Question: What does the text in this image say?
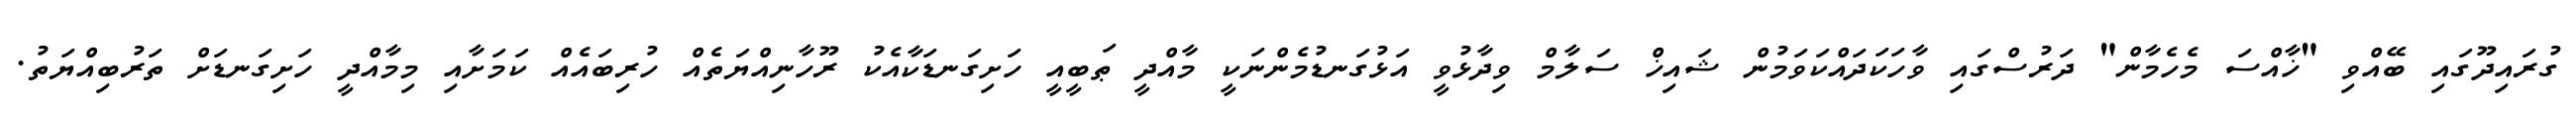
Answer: ގުރައިދޫގައި ބޭއްވި "ޚާއްސަ މެހެމާން" ދަރުސްގައި ވާހަކަދައްކަވަމުން ޝައިޚް ސަލާމް ވިދާޅުވީ އަޅުގަނޑުމެންނަކީ މާއްދީ ޠަބީއީ ހަށިގަނޑަކާއެކު ރޫހާނިއްޔަތެއް ހުރިބައެއް ކަމަށާއި މިމާއްދީ ހަށިގަނޑަށް ތަރުބިއްޔަތު.